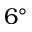
6 ^ { \circ }